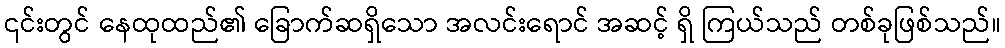
၎င်းတွင် နေထုထည်၏ ခြောက်ဆရှိသော အလင်းရောင် အဆင့် ရှိ ကြယ်သည် တစ်ခုဖြစ်သည်။